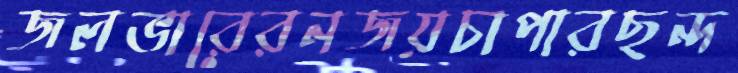
জলভারেরনজয়চাপারছন্দ